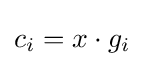
c_{i}=x\cdot g_{i}